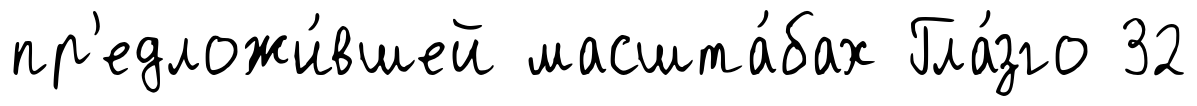
пр'едложи́вшей масшта́бах Гла́зго 32